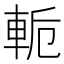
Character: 𨋜